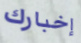
إخبارك